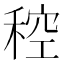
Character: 䅝